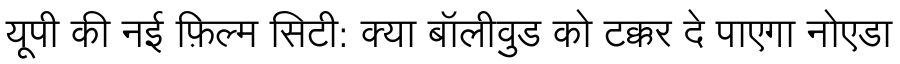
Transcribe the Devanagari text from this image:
यूपी की नई फ़िल्म सिटी: क्या बॉलीवुड को टक्कर दे पाएगा नोएडा